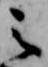
之